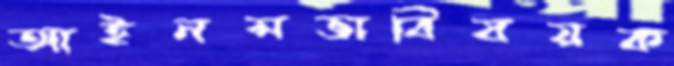
আইনসভাবিষয়ক